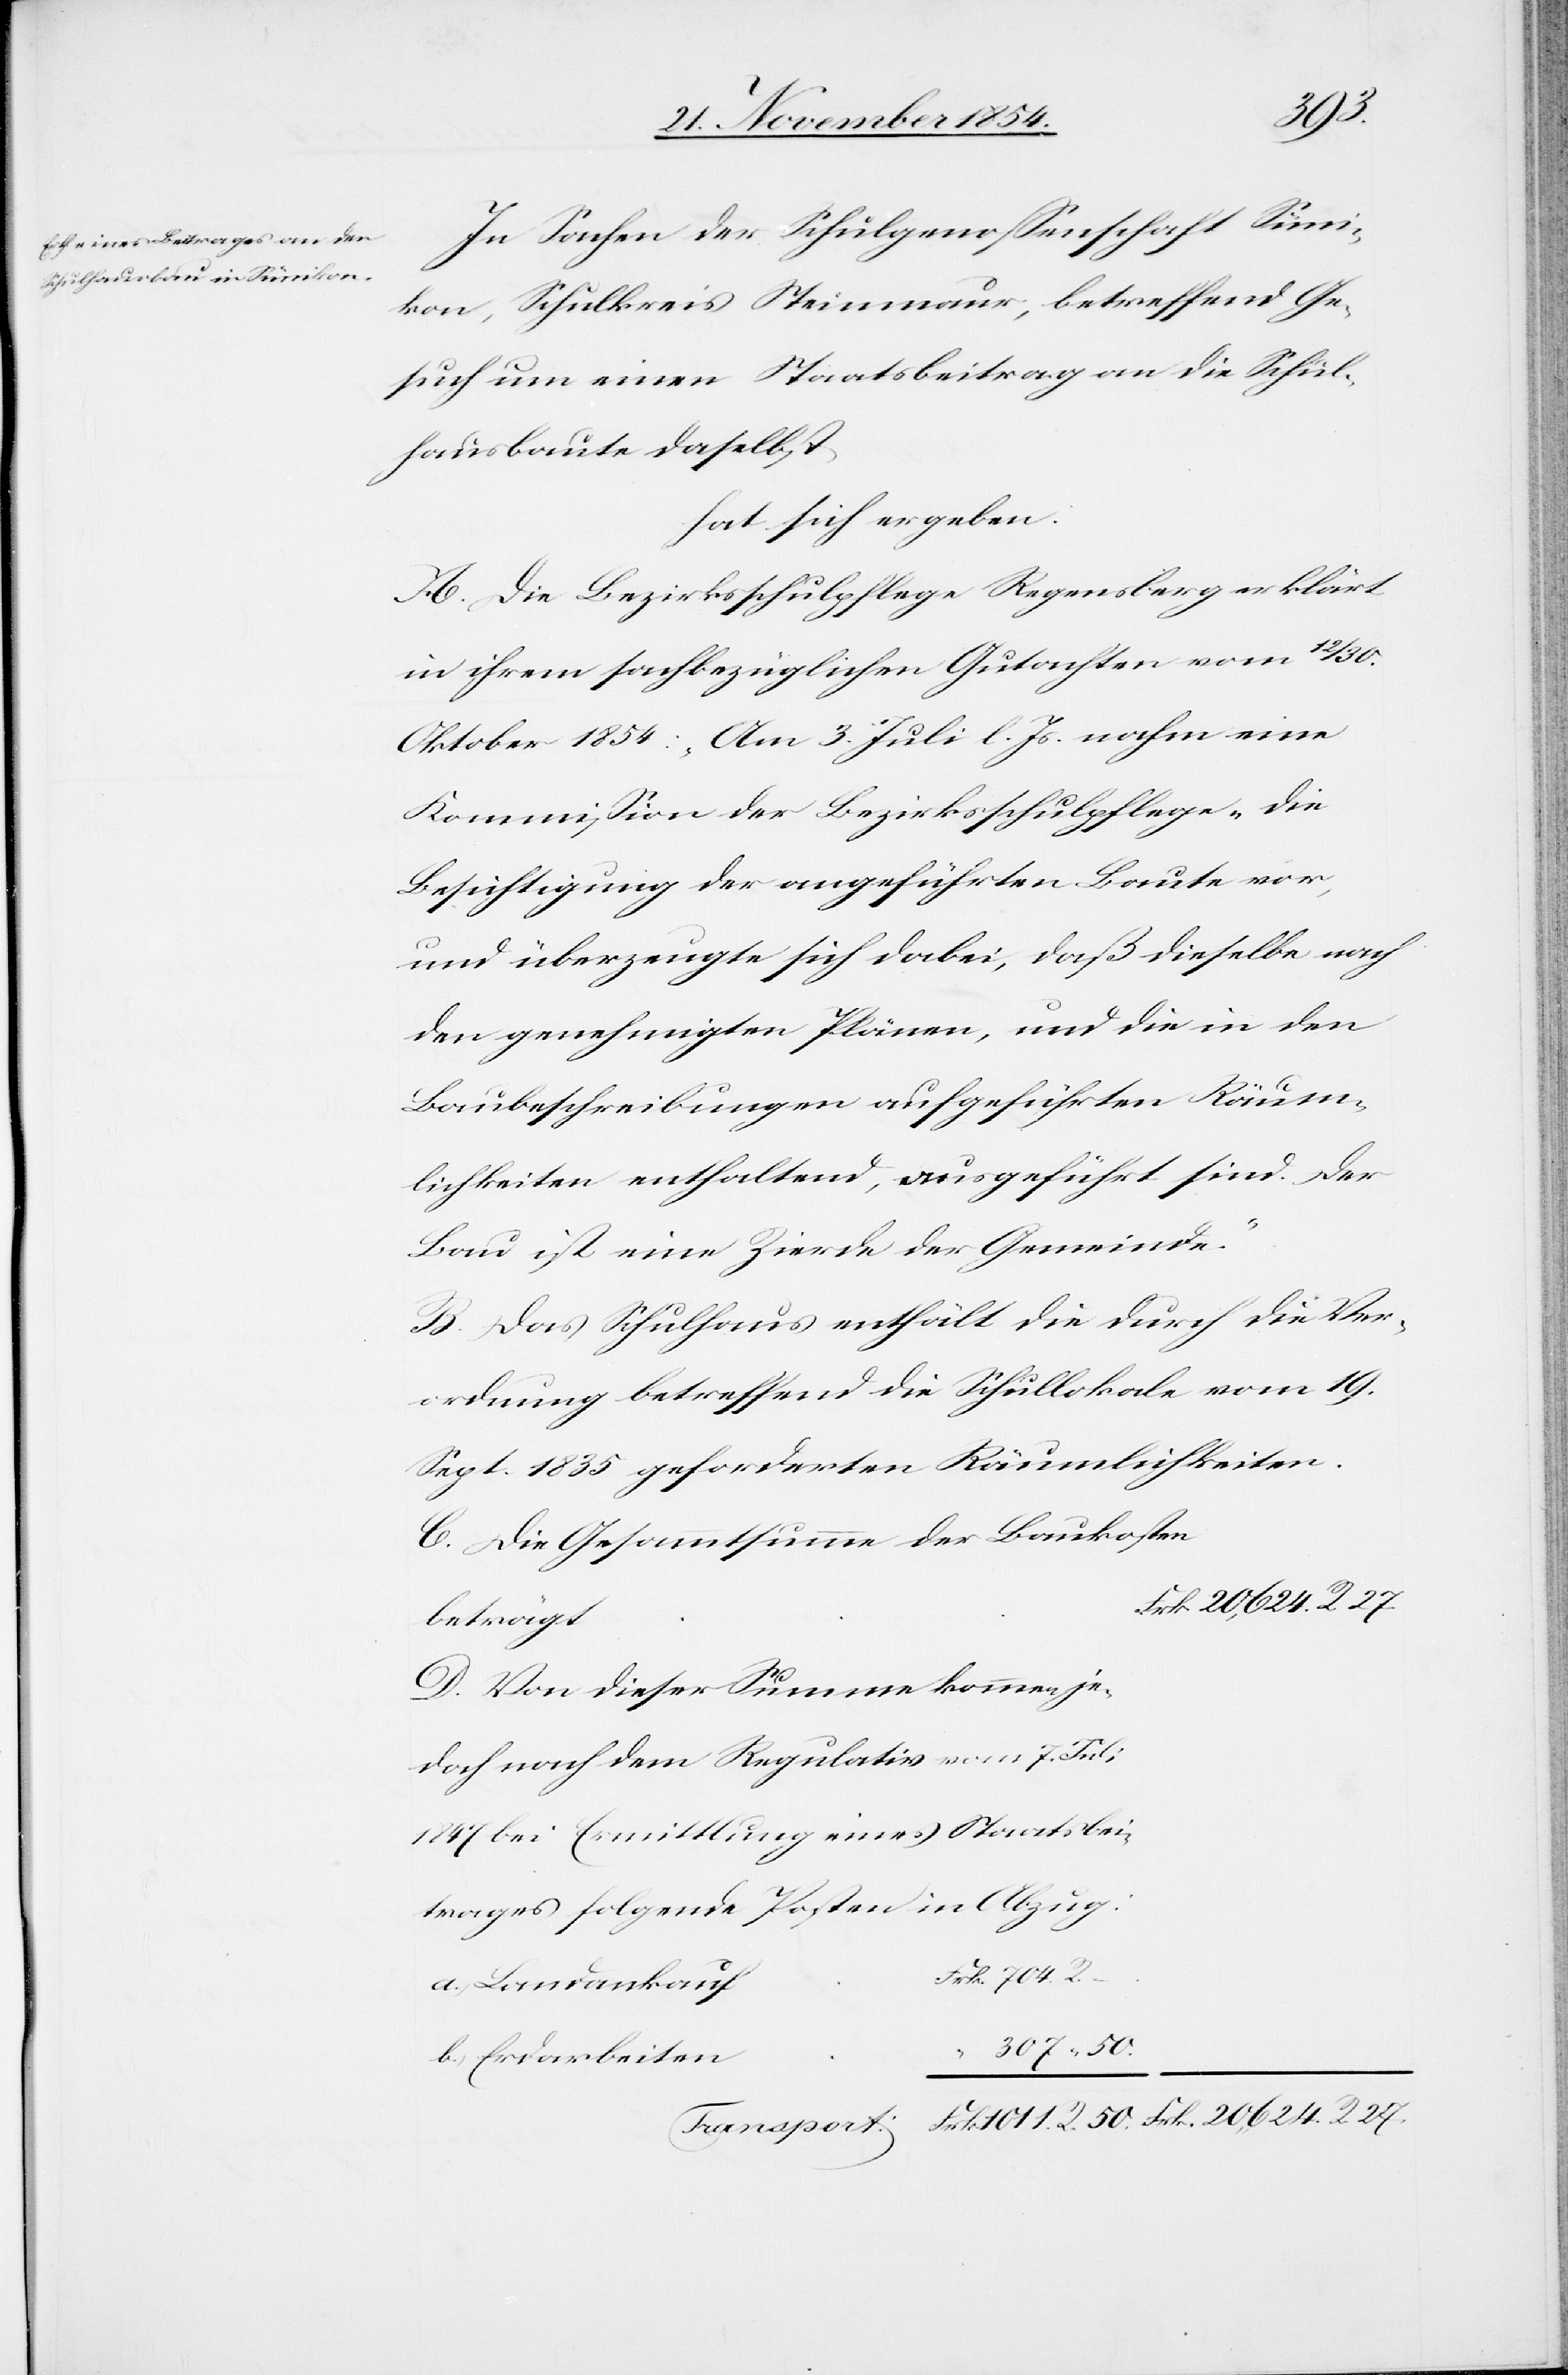
27.
In Sachen der Schulgenoßenschaft Süni¬
kon, Schulkreis Steinmaur, betreffend Ge¬
such um einen Staatsbeitrag an die Schul¬
hausbaute daselbst,
hat sich ergeben:
A. Die Bezirksschulpflege Regensberg erklärt
in ihrem sachbezüglichen Gutachten vom 12/30.
Oktober 1854: „Am 3. Juli l. Js. nahm eine
Kommißion der Bezirksschulpflege, die
Besichtigung der angeführten Baute vor,
und überzeugte sich dabei, daß dieselbe nach
den genehmigten Plänen, und die in den
Baubeschreibungen aufgeführten Räum¬
lichkeiten enthaltend, ausgeführt sind. Der
Bau ist eine Zierde der Gemeinde.“
B. Das Schulhaus enthält die durch die Ver¬
ordnung betreffend die Schullokale vom 19.
Sept. 1835 geforderten Räumlichkeiten.
C. Die Gesammtkosten der Baukosten
D. Von dieser Summe kommen je¬
doch nach dem Regulativ vom 7. Juli
1847 bei Ermittlung eines Staatsbei¬
trages folgende Posten in Abzug:
Frk. 704. R.
a.) Landankauf
“ 307. “ 50.
b.) Erdarbeiten